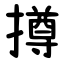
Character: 撙